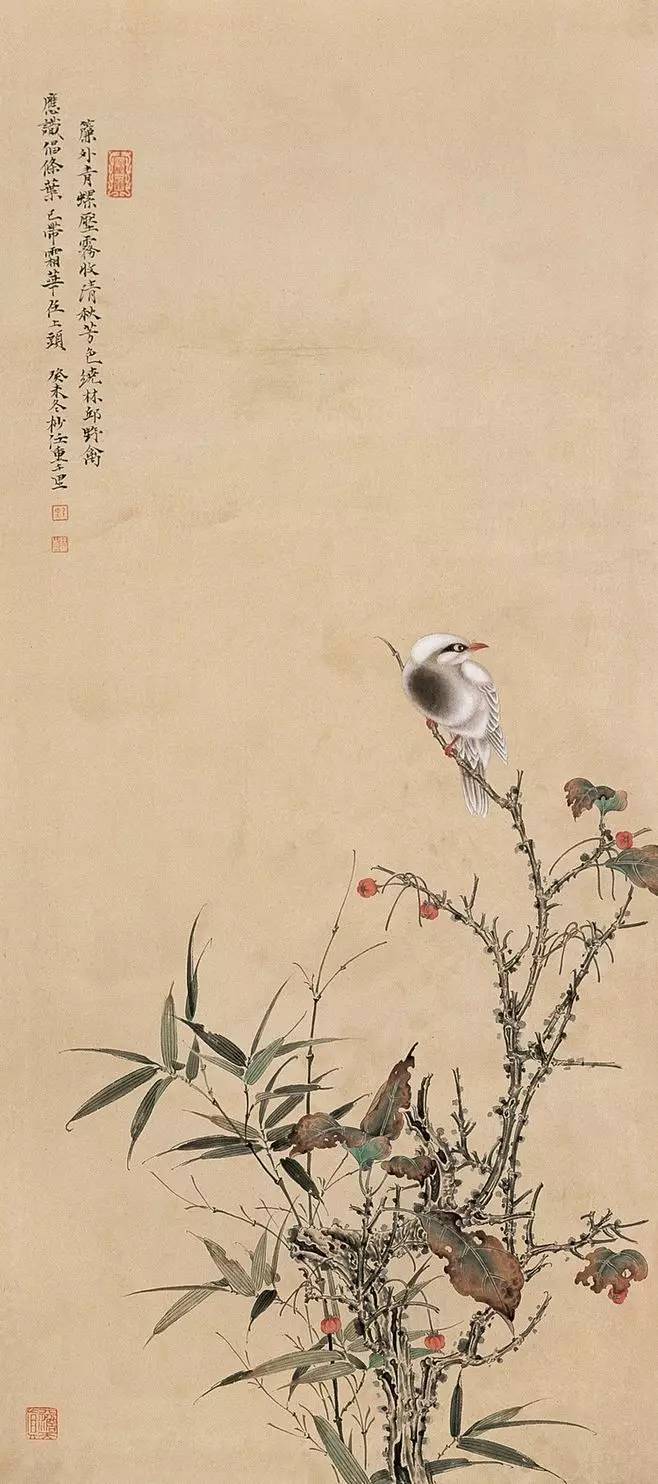
万物并育而不相害。道并行而不相悖。小德川流大德敦化。